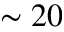
\sim 2 0